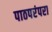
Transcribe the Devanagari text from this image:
पाठपरंपरा